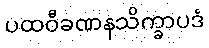
ပထဝီခဏနသိက္ခာပဒံ